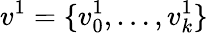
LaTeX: v^{1}=\{ v_{0}^{1},\ldots,v_{k}^{1}\}